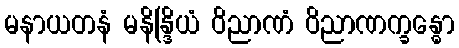
မနာယတနံ မနိန္ဒြိယံ ဝိညာဏံ ဝိညာဏက္ခန္ဓော